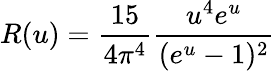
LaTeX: R(u)=\frac{15}{4\pi^{4}}\frac{u^{4}e^{u}}{(e^{u}-1)^{2}}